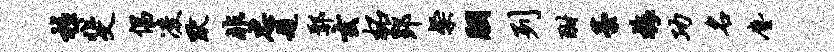
柱斐倡凌默非忠题鄢玄柘郢粲胭列酣藁梅功名尘